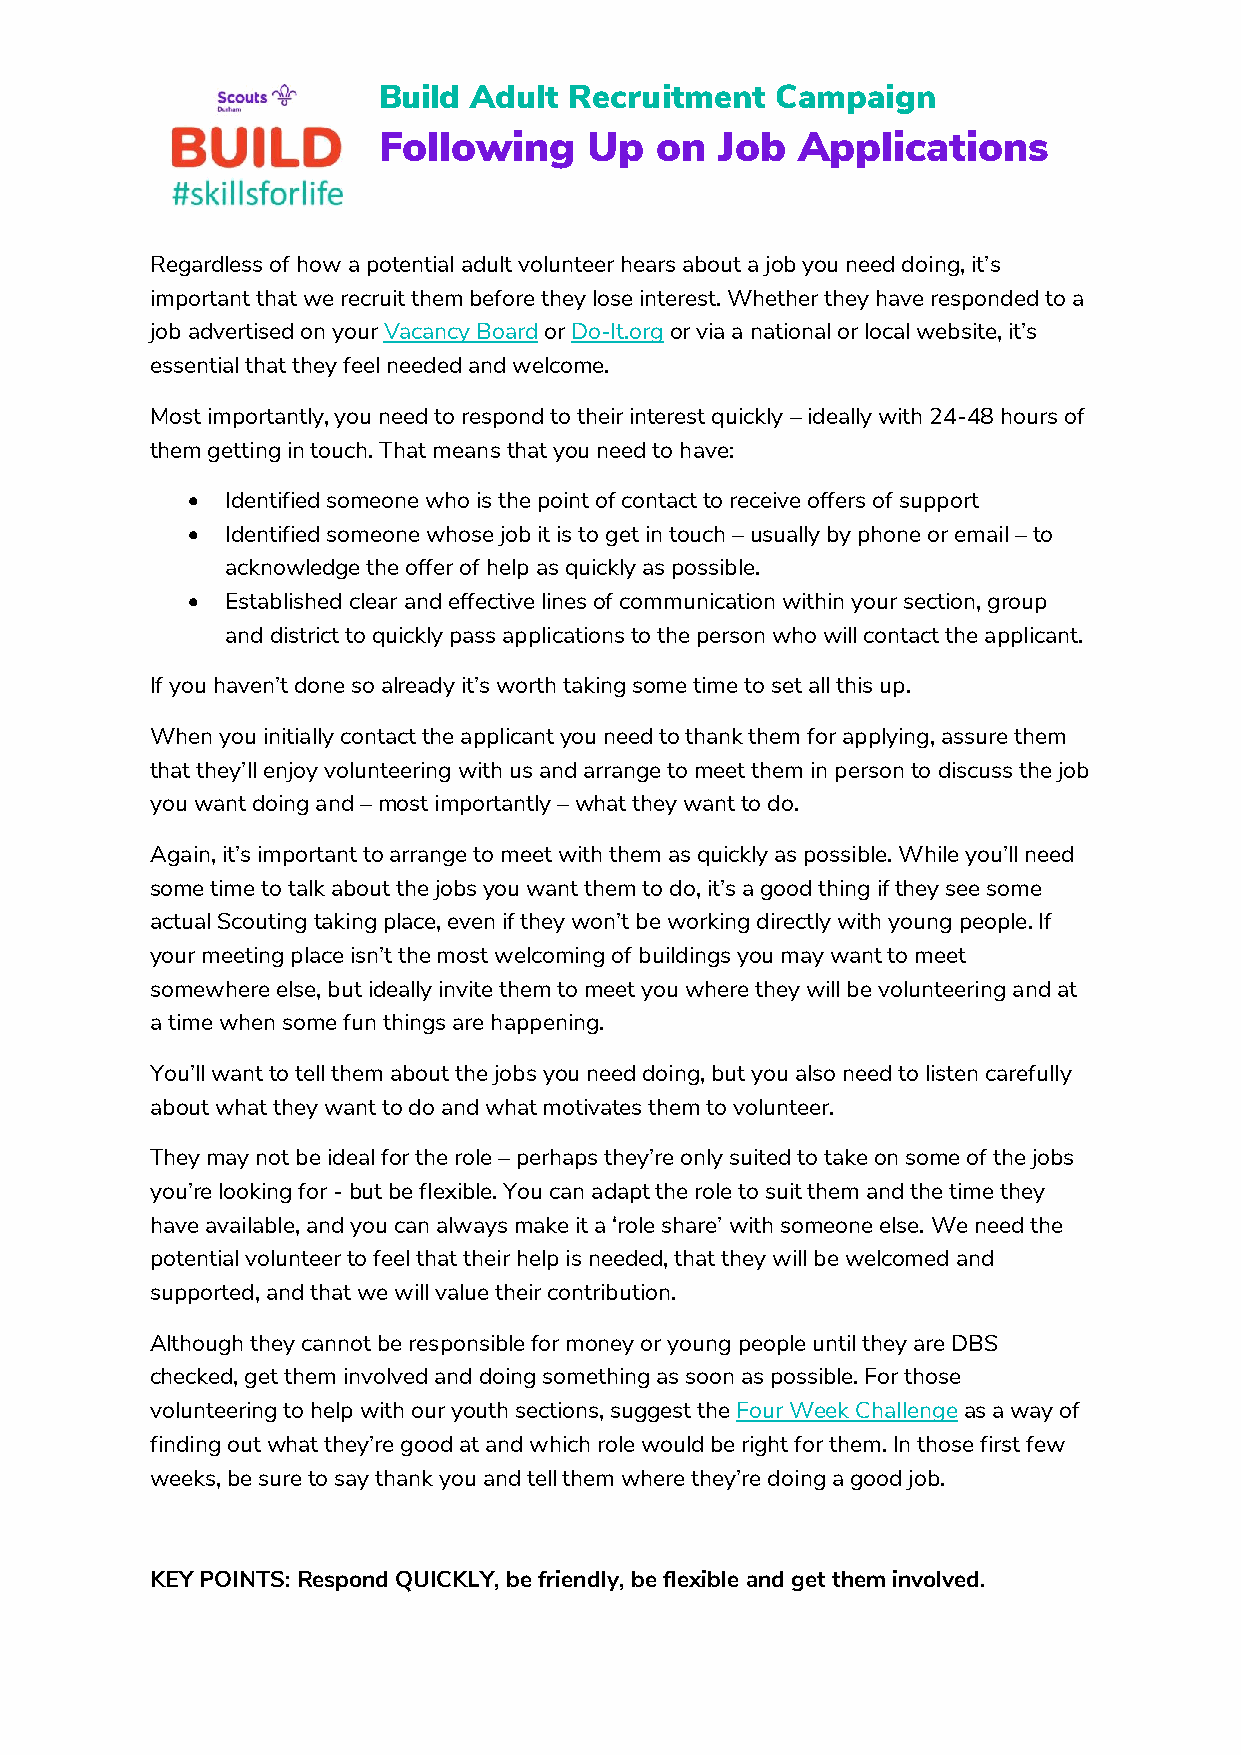
Build Adult  Recruitment  Campaign
 Following     Up  on   Job  Applications
 Regardless of how a potential adult volunteer hears about a job you need doing, it’s
 important that we recruit them before they lose interest. Whether they have responded to a
 job advertised on your Vacancy Board or Do-It.org or via a national or local website, it’s
 essential that they feel needed and welcome.
 Most importantly, you need to respond to their interest quickly – ideally with 24-48 hours of
 them getting in touch. That means that you need to have:
 •  Identified someone who is the point of contact to receive offers of support
 •  Identified someone whose job it is to get in touch – usually by phone or email – to
 acknowledge the offer of help as quickly as possible.
 •  Established clear and effective lines of communication within your section, group
 and district to quickly pass applications to the person who will contact the applicant.
 If you haven’t done so already it’s worth taking some time to set all this up.
 When you initially contact the applicant you need to thank them for applying, assure them
 that they’ll enjoy volunteering with us and arrange to meet them in person to discuss the job
 you want doing and – most importantly – what they want to do.
 Again, it’s important to arrange to meet with them as quickly as possible. While you’ll need
 some time to talk about the jobs you want them to do, it’s a good thing if they see some
 actual Scouting taking place, even if they won’t be working directly with young people. If
 your meeting place isn’t the most welcoming of buildings you may want to meet
 somewhere else, but ideally invite them to meet you where they will be volunteering and at
 a time when some fun things are happening.
 You’ll want to tell them about the jobs you need doing, but you also need to listen carefully
 about what they want to do and what motivates them to volunteer.
 They may not be ideal for the role – perhaps they’re only suited to take on some of the jobs
 you’re looking for - but be flexible. You can adapt the role to suit them and the time they
 have available, and you can always make it a ‘role share’ with someone else. We need the
 potential volunteer to feel that their help is needed, that they will be welcomed and
 supported, and that we will value their contribution.
 Although they cannot be responsible for money or young people until they are DBS
 checked, get them involved and doing something as soon as possible. For those
 volunteering to help with our youth sections, suggest the Four Week Challenge as a way of
 finding out what they’re good at and which role would be right for them. In those first few
 weeks, be sure to say thank you and tell them where they’re doing a good job.
 KEY POINTS: Respond QUICKLY, be friendly, be flexible and get them involved.